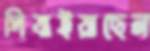
পিষাইয়াছেন